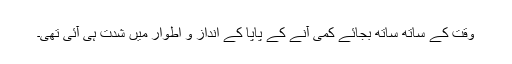
وقت کے ساتھ ساتھ بجائے کمی آنے کے پاپا کے انداز و اطوار میں شدت ہی آئی تھی۔